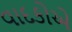
વાદકોએ